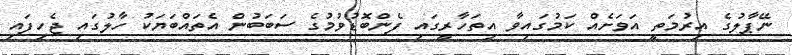
ނޭޕާލުގެ އިރުމަތީ އަވަށެއް ކަމުގައިވާ އިތަހާރީގައި ފެންބޮޑުވުމުގެ ސަބަބުން އެތައްބަޔަކު ހާލުގައި ޖެހިފައި